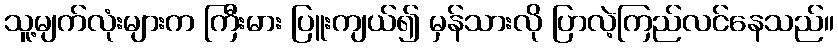
သူ့မျက်လုံးများက ကြီးမား ပြူးကျယ်၍ မှန်သားလို ပြာလဲ့ကြည်လင်နေသည်။